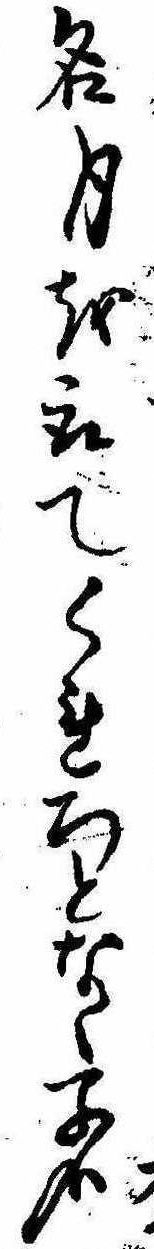
名月を取てくれろとなく子哉